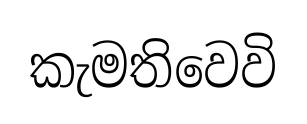
කැමතිවෙවි